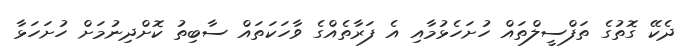
ދެކޭ ގޮތުގެ ތަފްސީލްތައް ހުށަހެޅުމާއި އެ ފަރާތެއްގެ ވާހަކަތައް ސާބިތު ކޮށްދިނުމަށް ހުށަހަޅާ